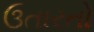
ઉતારતો